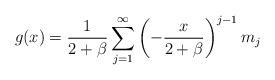
LaTeX: \begin{align*} g(x)=\frac{1}{2+\beta}\sum_{j=1}^{\infty}\left(-\frac{x}{2+\beta}\right)^{j-1}m_j\end{align*}